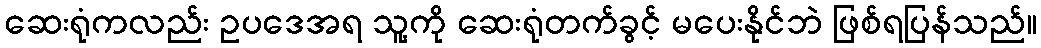
ဆေးရုံကလည်း ဥပဒေအရ သူ့ကို ဆေးရုံတက်ခွင့် မပေးနိုင်ဘဲ ဖြစ်ရပြန်သည်။